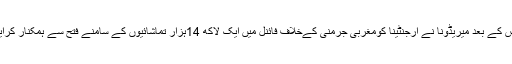
اس کے بعد میریڈونا نے ارجنٹینا کومغربی جرمنی کےخلاف فائنل میں ایک لاکھ 14ہزار تماشائیوں کے سامنے فتح سے ہمکنار کرایا۔